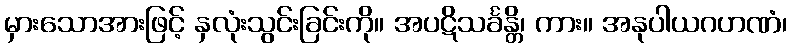
မှားသောအားဖြင့် နှလုံးသွင်းခြင်းကို။ အပဋိသင်္ခန္တိ၊ ကား။ အနုပါယဂဟဏံ၊